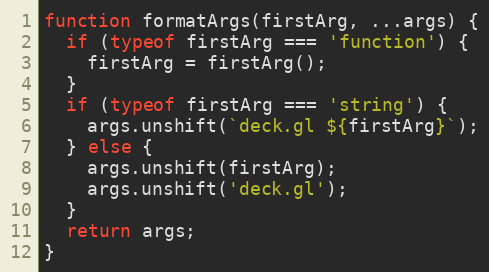
Language: JavaScript
function formatArgs(firstArg, ...args) {
  if (typeof firstArg === 'function') {
    firstArg = firstArg();
  }
  if (typeof firstArg === 'string') {
    args.unshift(`deck.gl ${firstArg}`);
  } else {
    args.unshift(firstArg);
    args.unshift('deck.gl');
  }
  return args;
}